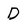
Character: D